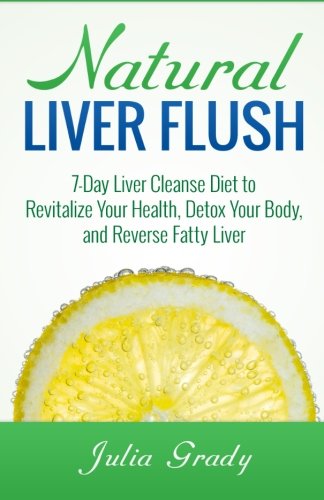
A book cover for Natural Liver Flush: 7-Day Liver Cleanse Diet to Revitalize Your Health, Detox Your Body, and Reverse Fatty Liver; Julia Grady; Health, Fitness & Dieting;